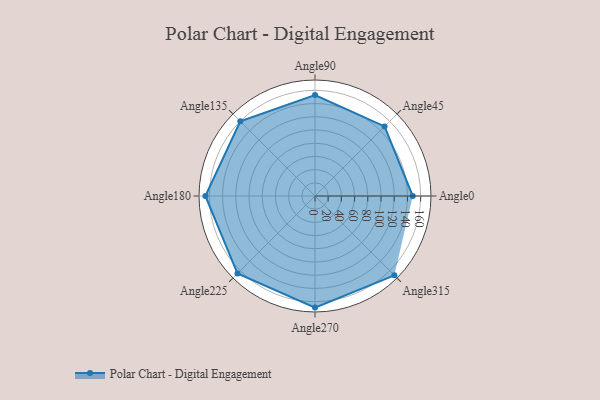
{"axis": {"x": "Angle", "y": "Radius"}, "legend": [""], "data": [{"x": "Angle0", "y": 148.0, "type": ""}, {"x": "Angle45", "y": 149.0, "type": ""}, {"x": "Angle90", "y": 153.0, "type": ""}, {"x": "Angle135", "y": 160.0, "type": ""}, {"x": "Angle180", "y": 166.0, "type": ""}, {"x": "Angle225", "y": 166.0, "type": ""}, {"x": "Angle270", "y": 169.0, "type": ""}, {"x": "Angle315", "y": 170, "type": ""}]}